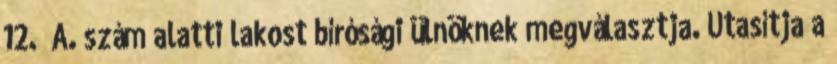
12. A. szám alatti lakost bírósági ülnöknek megválasztja. Utasítja a